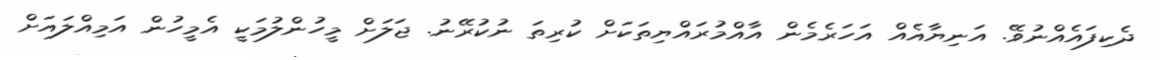
ދެކިފައެއްނުވޭ. އަނިޔާއެއް އަހަރެމެން އާއްމުރައްޔިތަކަށް ކުރިތަ ނުކުރޭނު. ޖަލަށް މީހުންލުމަކީ އެމީހުން އަމިއްލައަށް